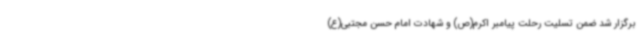
برگزار شد ضمن تسلیت رحلت پیامبر اکرم(ص) و شهادت امام حسن مجتبی(ع)